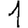
Digit: 1